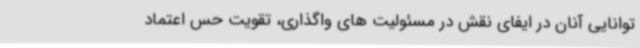
توانایی آنان در ایفای نقش در مسئولیت های واگذاری، تقویت حس اعتماد